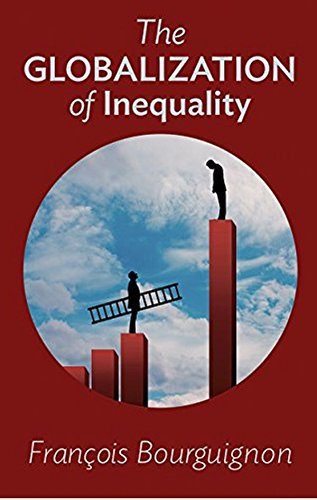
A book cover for The Globalization of Inequality; FranÃ§ois Bourguignon; Business & Money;